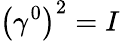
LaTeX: \left(\gamma^{0}\right)^{2}=I